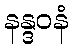
နန္ဒဝနံ